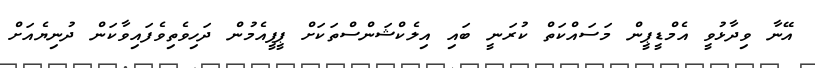
އޭނާ ވިދާޅުވީ އެމްޑީޕީން މަސައްކަތް ކުރަނީ ބައި އިލެކްޝަންސްތަކަށް ޕީޕީއެމުން ދަހިވެތިވެފައިވާކަން ދުނިޔެއަށް